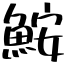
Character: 鮟